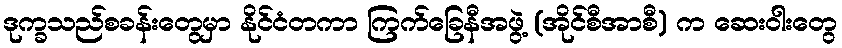
ဒုက္ခသည်စခန်းတွေမှာ နိုင်ငံတကာ ကြက်ခြေနီအဖွဲ့ (အိုင်စီအာစီ) က ဆေးဝါးတွေ